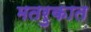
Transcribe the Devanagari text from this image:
मतरुकात